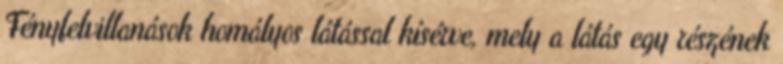
Fényfelvillanások homályos látással kísérve, mely a látás egy részének